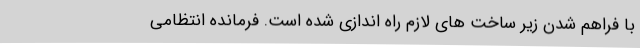
با فراهم شدن زیر ساخت های لازم راه اندازی شده است. فرمانده انتظامی